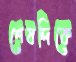
শেষদিকে